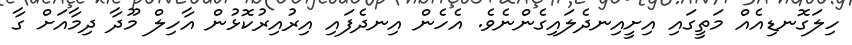
ހިލަގޮނޑިއެއް މަތީގައި އިށީއިނދެލައިގެންނެވެ. އެހެން އިނދެފައި އިރުއިރުކޮޅުން އާހިލް މޫދާ ދިމާއަށް ގާ